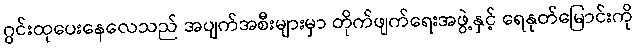
ဂွင်းထုပေးနေလေသည် အပျက်အစီးများမှာ တိုက်ဖျက်ရေးအဖွဲ့နှင့် ရေနုတ်မြောင်းကို